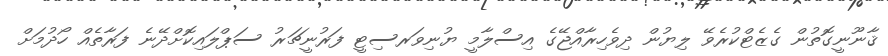
ޤާނޫނީގޮތުން ގެޒެޓްކުރެވޭ ލިޔުން ދިވެހިރާއްޖޭގެ އިސްލާމީ ޔުނިވަރސިޓީ ފަރުނީޗަރު ސަޕްލައިކޮށްދޭނެ ފަރާތެއް ހޯދުމަށް